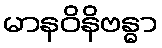
မာနဝိနိဗန္ဓာ